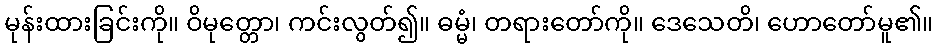
မုန်းထားခြင်းကို။ ဝိမုတ္တော၊ ကင်းလွတ်၍။ ဓမ္မံ၊ တရားတော်ကို။ ဒေသေတိ၊ ဟောတော်မူ၏။